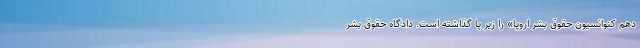
دهم کنوانسیون حقوق بشر اروپا» را زیر پا گذاشته است. دادگاه حقوق بشر